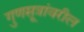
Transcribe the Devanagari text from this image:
गुणसूत्रांवरील